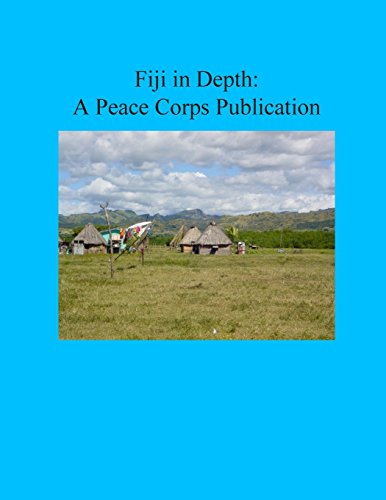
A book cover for Fiji in Depth: A Peace Corps Publication; Peace Corps; Travel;